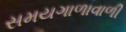
સમયગાળાવાળી